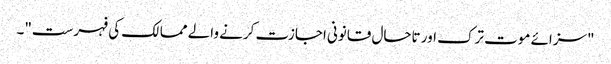
"سزائے موت ترک اور تاحال قانونی اجازت کرنے والے ممالک کی فہرست"۔